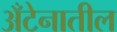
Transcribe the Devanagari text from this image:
अँटेनातील